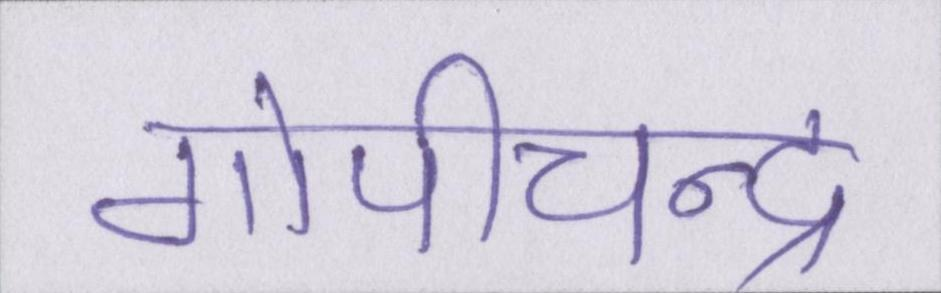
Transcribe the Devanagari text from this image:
गोपीचन्द्र